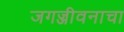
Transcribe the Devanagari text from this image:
जगज्जीवनाचा